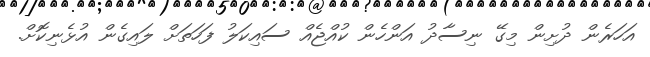
އަހަރެން ދުށިން މިގޭ ނިސާދު އަންހެން ކުއްޖެއް ސައިކަލު ފަހަތަށް ލައިގެން އުޅެނިކޮށް.